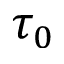
\tau _ { 0 }